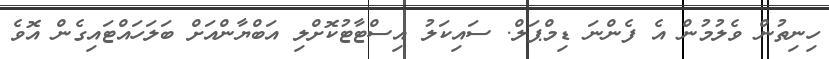
ހިނިތުން ވެލުމުން އެ ފެންނަ ޑިމްޕަލް. ސައިކަލު އިސްޓާޓުކޮށްލި އަބްޔާންއަށް ބަލަހައްޓައިގެން އޮވެ